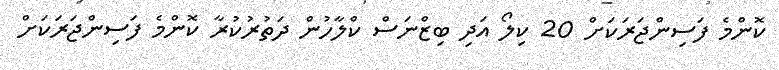
ކޮންމެ ފަސިންޖަރަކަށް 20 ކިލޯ އަދި ބިޒްނަސް ކްލާހުން ދަތުރުކުރާ ކޮންމެ ފަސިންޖަރަކަށް